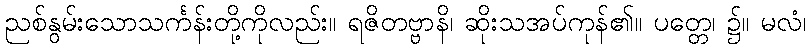
ညစ်နွမ်းသောသင်္ကန်းတို့ကိုလည်း။ ရဇိတဗ္ဗာနိ၊ ဆိုးသအပ်ကုန်၏။ ပတ္တေ၊ ၌။ မလံ၊